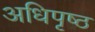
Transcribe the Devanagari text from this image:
अधिपृष्ठ